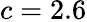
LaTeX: c=2.6